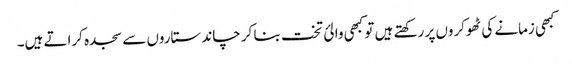
کبھی زمانے کی ٹھوکروں پر رکھتے ہیں تو کبھی والئ تخت بنا کر چاند ستاروں سے سجدہ کراتے ہیں۔